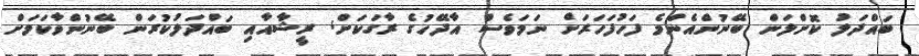
ބައްދަލު ކޮށްލަން ބޭނުންއެންމެ ފަހުފަހަރަށް ނަމަވެސް އާދޭހުގެ ރާގަކަށް